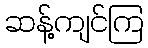
ဆန့်ကျင်ကြ